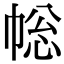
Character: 𢃧